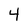
Character: 4